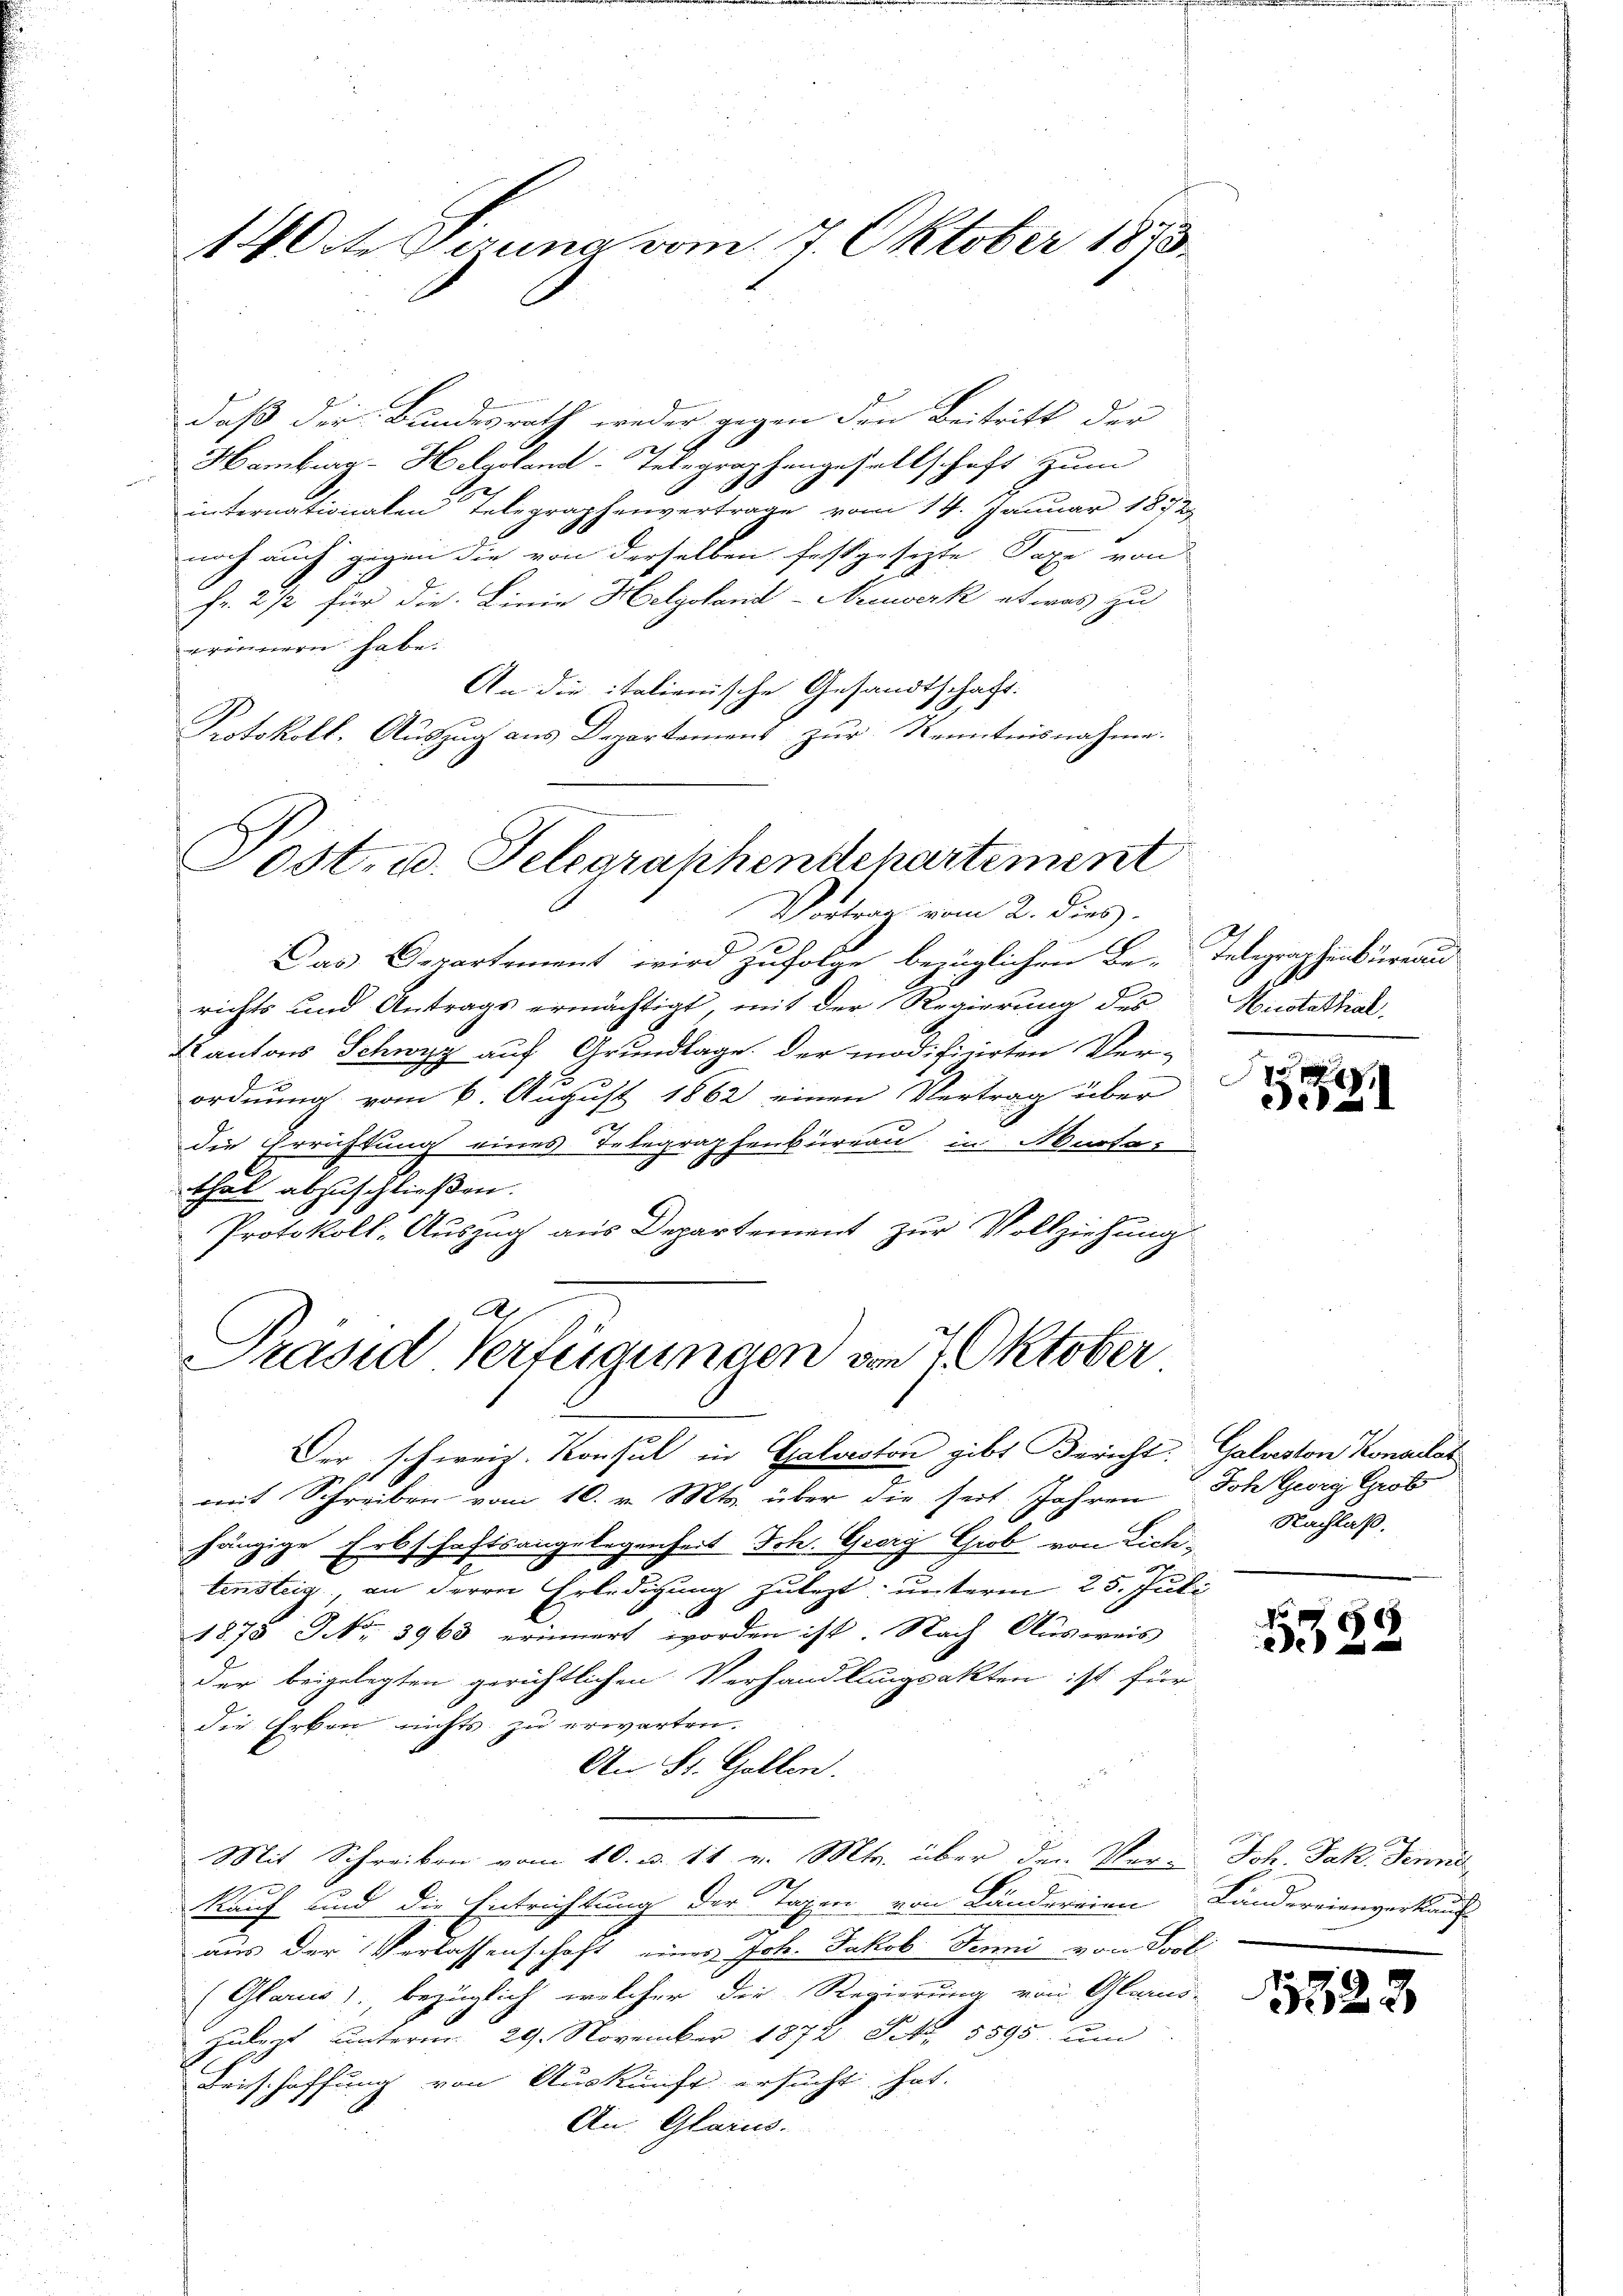
14 Orte Gerung vom 7. Oktober 1873

daß der Bundesrath weder gegen den Beitritt der

Hamburg - Helgolant-Telegraphengesellschaft zum
internationalen Telegraphenvertrage vom 14. Januar 1872
noch auch gegen die von derselben festgesezte Taxe von
fr. 2 1/2 für die Linie Helgoland-Neuwerk etwas zu
erinnern habe.
An die italienische Gesandtschaft.
Protokoll. Auszug aus Departement zur Kenntnisnahme.

Tost. u. Telegraphendepartement
Vortrag vom 2. dies

Das Departement wird zufolge bezüglichen Be-Telegraphenkurrau
richts und Antrags ermächtigt, mit der Regierung des
Kantons Schwyz auf Grundlage. Der modificirten Ver-
ordnung vom 6. August 1862 einen Vertrag über
die Errichtung eines Telegraphenbüreau in Marte
thal abzuschließen.
Protokoll-Auszug aus Departement zur Vollziehung
Der schweiz. Konsul in Galveston gibt Bericht:
mit Schreiben vom 10. v. Mts. über die seit. Jahren
hängige Erbschaftsangelegenheit Joh. Georg Grob von Lichtinsteig, an deren Erledigung zulezt; unterm 25. Juli
1
x
1875 Fr. 3968 erinnert worden ist. Nach Ausweis
der beigelegten gerichtlichen Verhandlungsakten ist für
die Erken nichts zu erwarten.
An St. Gallen.
F
Mit Schreiben vom 10. d. 11 v. Mts. über den Vorun Joh. Jak. Jenne
Kauf und die Entrichtung der Tagen von Ländereien
aus der Verlassenschaft eines Joh. Jakob Jenni von Sool
(Glarus), bezüglich, welcher die Regierung von Glarus-
Zulezt unterm 29. November 1872 Pct. 1395 um
Beischaffung von Auskunft ersucht hat.
An. Glarus.

A
Präsid Verfügungen von 7 Oktober

Hicotathal
e

Dei 21

Galuston Konsulat
Joh Georg Grob
Nachlaß.

¬
53

Ländereinngerkaufs

182

3